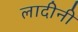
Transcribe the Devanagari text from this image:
लादीनी